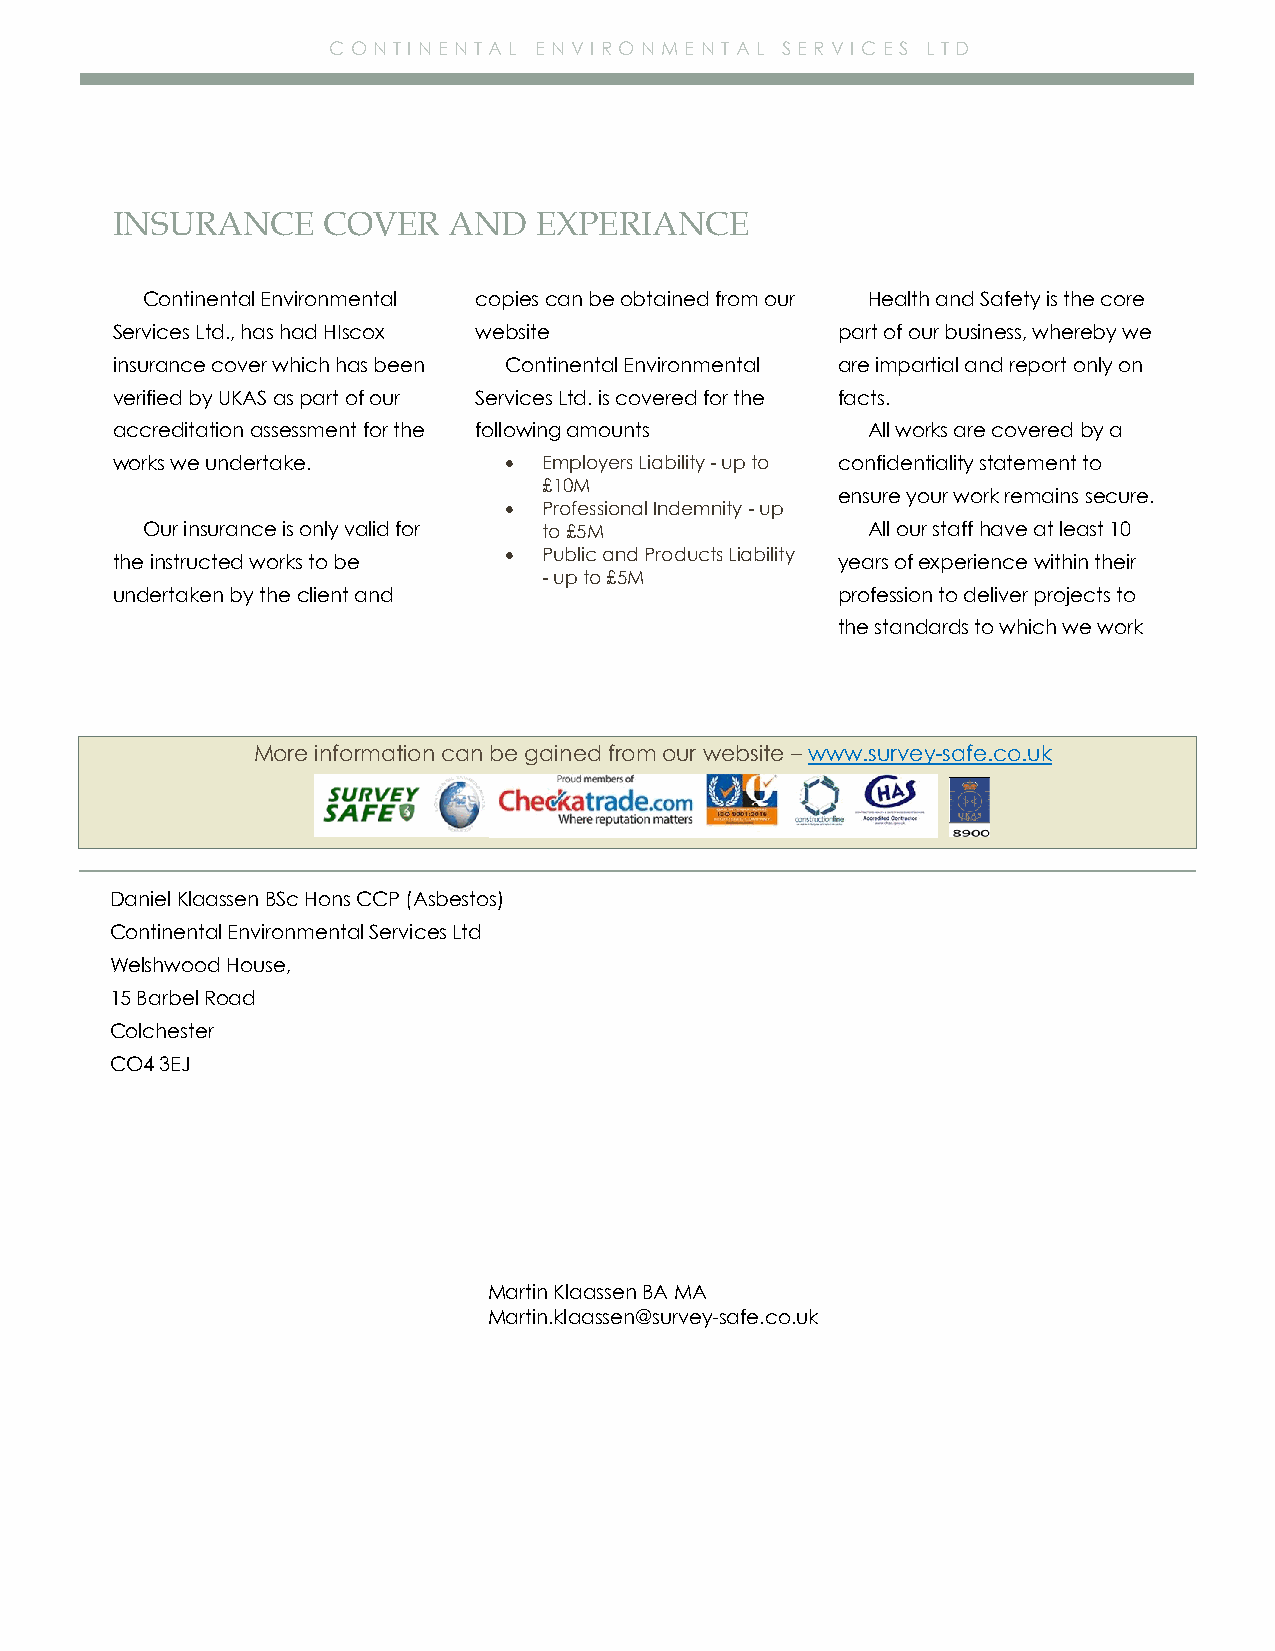
C ONTINENTAL EN VIRO NMEN T AL SER VIC ES L TD
 INSURANCE     COVER    AND  EXPERIANCE
 Continental Environmental copies can be obtained from our Health and Safety is the core
 Services Ltd., has had HIscox website           part of our business, whereby we
 insurance cover which has been Continental Environmental are impartial and report only on
 verified by UKAS as part of our Services Ltd. is covered for the facts.
 accreditation assessment for the following amounts All works are covered by a
 works we undertake.       •  Employers Liability - up to confidentiality statement to
 £10M
 ensure your work remains secure.
 •  Professional Indemnity - up
 Our insurance is only valid for to £5M          All our staff have at least 10
 •  Public and Products Liability
 the instructed works to be                      years of experience within their
 - up to £5M
 undertaken by the client and                    profession to deliver projects to
 the standards to which we work
 More information can be gained from our website – www.survey-safe.co.uk
 Daniel Klaassen BSc Hons CCP (Asbestos)
 Continental Environmental Services Ltd
 Welshwood House,
 15 Barbel Road
 Colchester
 CO4 3EJ
 Martin Klaassen BA MA
 Martin.klaassen@survey-safe.co.uk